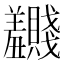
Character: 𬚂